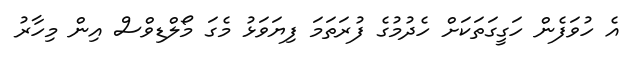
އެ ހުވަފެން ހަގީގަތަކަށް ހެދުމުގެ ފުރަތަމަ ފިޔަވަޅު މެގަ މޯލްޑިވްސް އިން މިހާރު